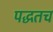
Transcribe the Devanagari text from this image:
पद्धतच